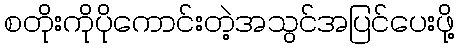
စတိုးကိုပိုကောင်းတဲ့အသွင်အပြင်ပေးဖို့